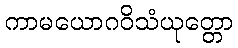
ကာမယောဂဝိသံယုတ္တော